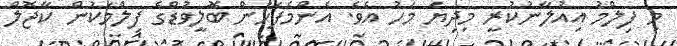
މި ފިލްމު އިއުލާނުކުރީ މިދިޔަ މަހު އެވެ. އެންމެފަހުން ބޮލީވުޑްގެ ފިލްމަކުން ކާޖޮލް